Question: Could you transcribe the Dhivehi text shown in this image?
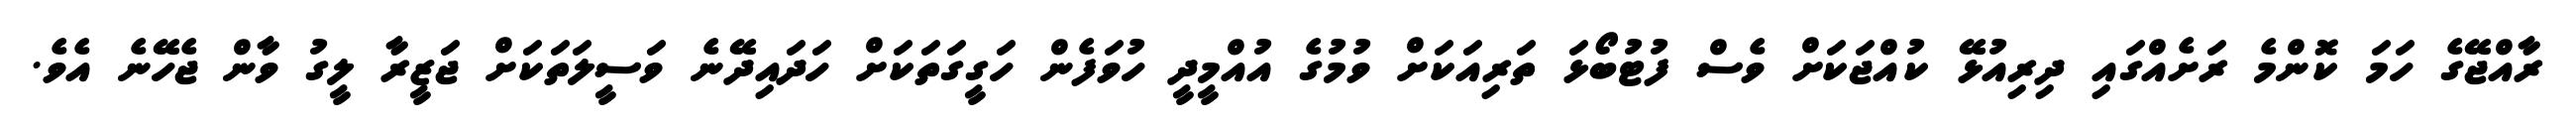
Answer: ރާއްޖޭގެ ހަމަ ކޮންމެ ރަށެއްގައި ދިރިއުޅޭ ކުއްޖަކަށް ވެސް ފުޓުބޯޅަ ތަރިއަކަށް ވުމުގެ އުއްމީދީ ހުވަފެން ހަގީގަތަކަށް ހަދައިދޭނެ ވަސީލަތަކަށް ޖަޒީރާ ލީގު ވާން ޖެހޭނެ އެވެ.